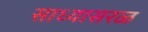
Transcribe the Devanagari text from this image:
साध्यासरळ